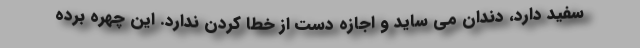
سفید دارد، دندان می ساید و اجازه دست از خطا کردن ندارد. این چهره برده